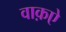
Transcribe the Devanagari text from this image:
वाक़ऐ